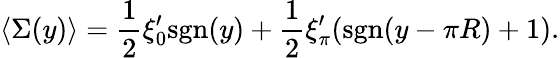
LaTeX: \langle\Sigma(y)\rangle={\frac{1}{2}}\xi_{0}^{\prime}\mathrm{sgn}(y)+{\frac{1}{2}}\xi_{\pi}^{\prime}(\mathrm{sgn}(y-\pi R)+1).